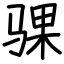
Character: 骒